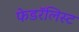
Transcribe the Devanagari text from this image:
फेडरॅलिस्ट